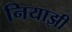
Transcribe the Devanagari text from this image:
नियाझी